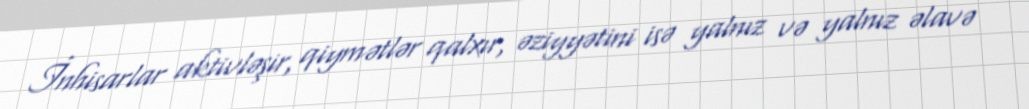
İnhisarlar aktivləşir, qiymətlər qalxır, əziyyətini isə yalnız və yalnız əlavə